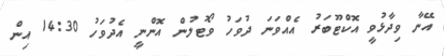
އޭނާ ވިދާޅުވީ އޮކްޓޫބަރު އެއްވަނަ ދުވަހު ވޯޓުލުން އޮންނީ އެދުވަހު 14:30 އިން